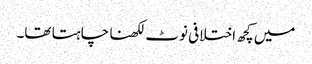
میں کچھ اختلافی نوٹ لکھنا چاہتا تھا۔